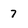
Character: 7